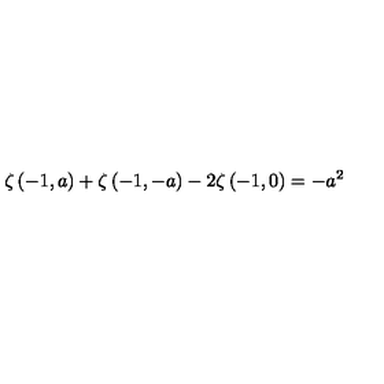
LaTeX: \zeta \left( - 1 , a \right) + \zeta \left( - 1 , - a \right) - 2 \zeta \left( - 1 , 0 \right) = - a ^ { 2 }